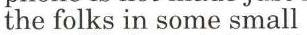
the folks in some small